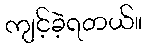
ကျင့်ခဲ့ရတယ်။